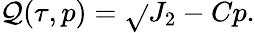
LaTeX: \mathcal{Q}(\tau,p)=\sqrt{}{{J_{2}}}-Cp.